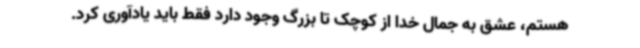
هستم، عشق به جمال خدا از کوچک تا بزرگ وجود دارد فقط باید یادآوری کرد.